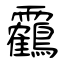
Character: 靏